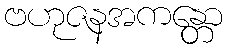
ဗဟုဇနအကန္တော